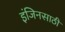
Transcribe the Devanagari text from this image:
इंजिनसाठी